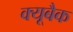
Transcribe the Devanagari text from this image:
क्यूबैक